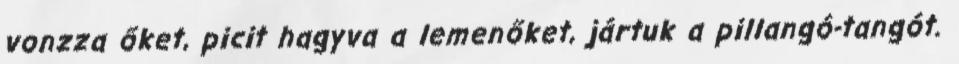
vonzza őket, picit hagyva a lemenőket, jártuk a pillangó-tangót.